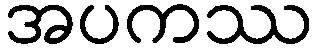
အပကဿ